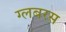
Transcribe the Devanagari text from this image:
ग्लबरस